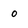
Character: 0